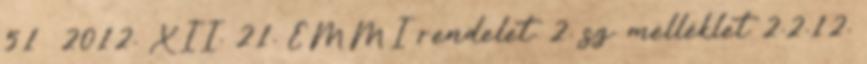
51 2012. XII. 21. EMMI rendelet. 2. sz. melléklet 2.2.12.